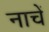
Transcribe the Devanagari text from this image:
नाचें